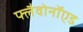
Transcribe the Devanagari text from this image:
फ्लैवोनॉएड